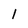
Character: 1